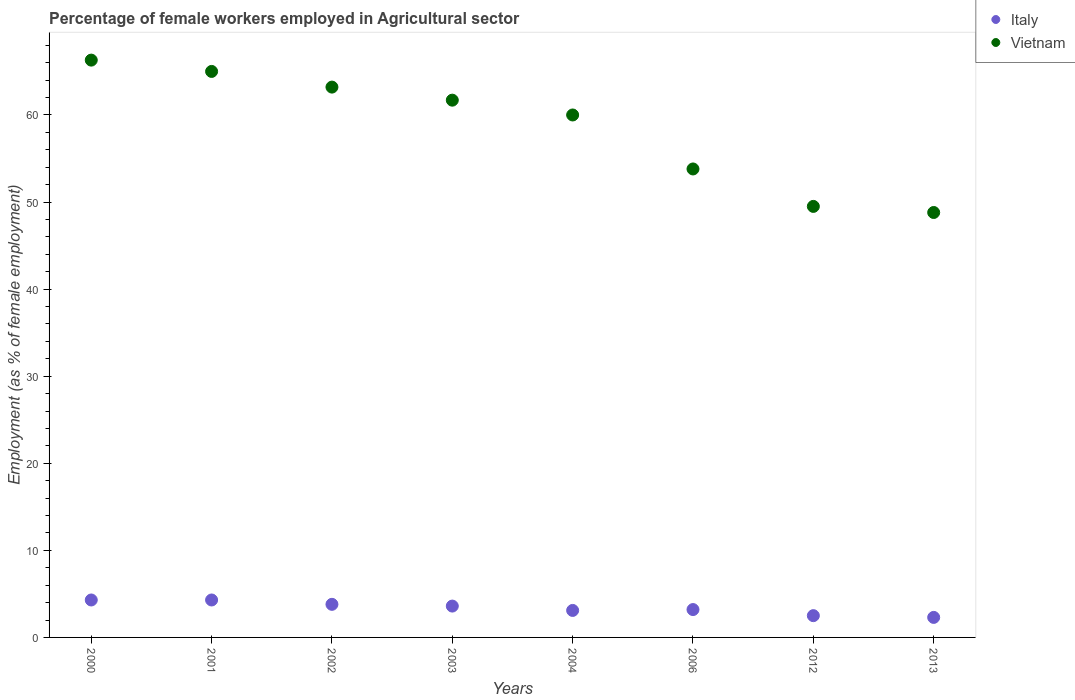
| Years | Italy | Vietnam |
 | --- | --- | --- |
 | 2000 | 4.3 | 66.3 |
 | 2001 | 4.3 | 65 |
 | 2002 | 3.8 | 63.2 |
 | 2003 | 3.6 | 61.7 |
 | 2004 | 3.1 | 60 |
 | 2006 | 3.2 | 53.8 |
 | 2012 | 2.5 | 49.5 |
 | 2013 | 2.3 | 48.8 |